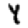
Digit: 4